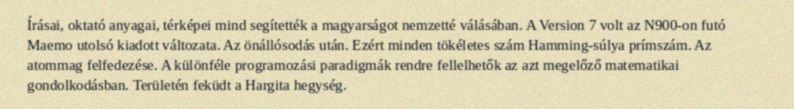
Írásai, oktató anyagai, térképei mind segítették a magyarságot nemzetté válásában. A Version 7 volt az N900-on futó Maemo utolsó kiadott változata. Az önállósodás után. Ezért minden tökéletes szám Hamming-súlya prímszám. Az atommag felfedezése. A különféle programozási paradigmák rendre fellelhetők az azt megelőző matematikai gondolkodásban. Területén feküdt a Hargita hegység.